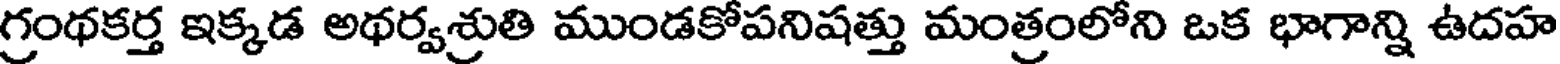
గ్రంథకర్త ఇక్కడ అథర్వశ్రుతి ముండకోపనిషత్తు మంత్రంలోని ఒక భాగాన్ని ఉదహ